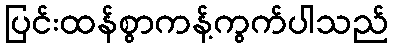
ပြင်းထန်စွာကန့်ကွက်ပါသည်